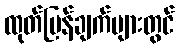
ထုတ်ပြန်ချက်များတွင်